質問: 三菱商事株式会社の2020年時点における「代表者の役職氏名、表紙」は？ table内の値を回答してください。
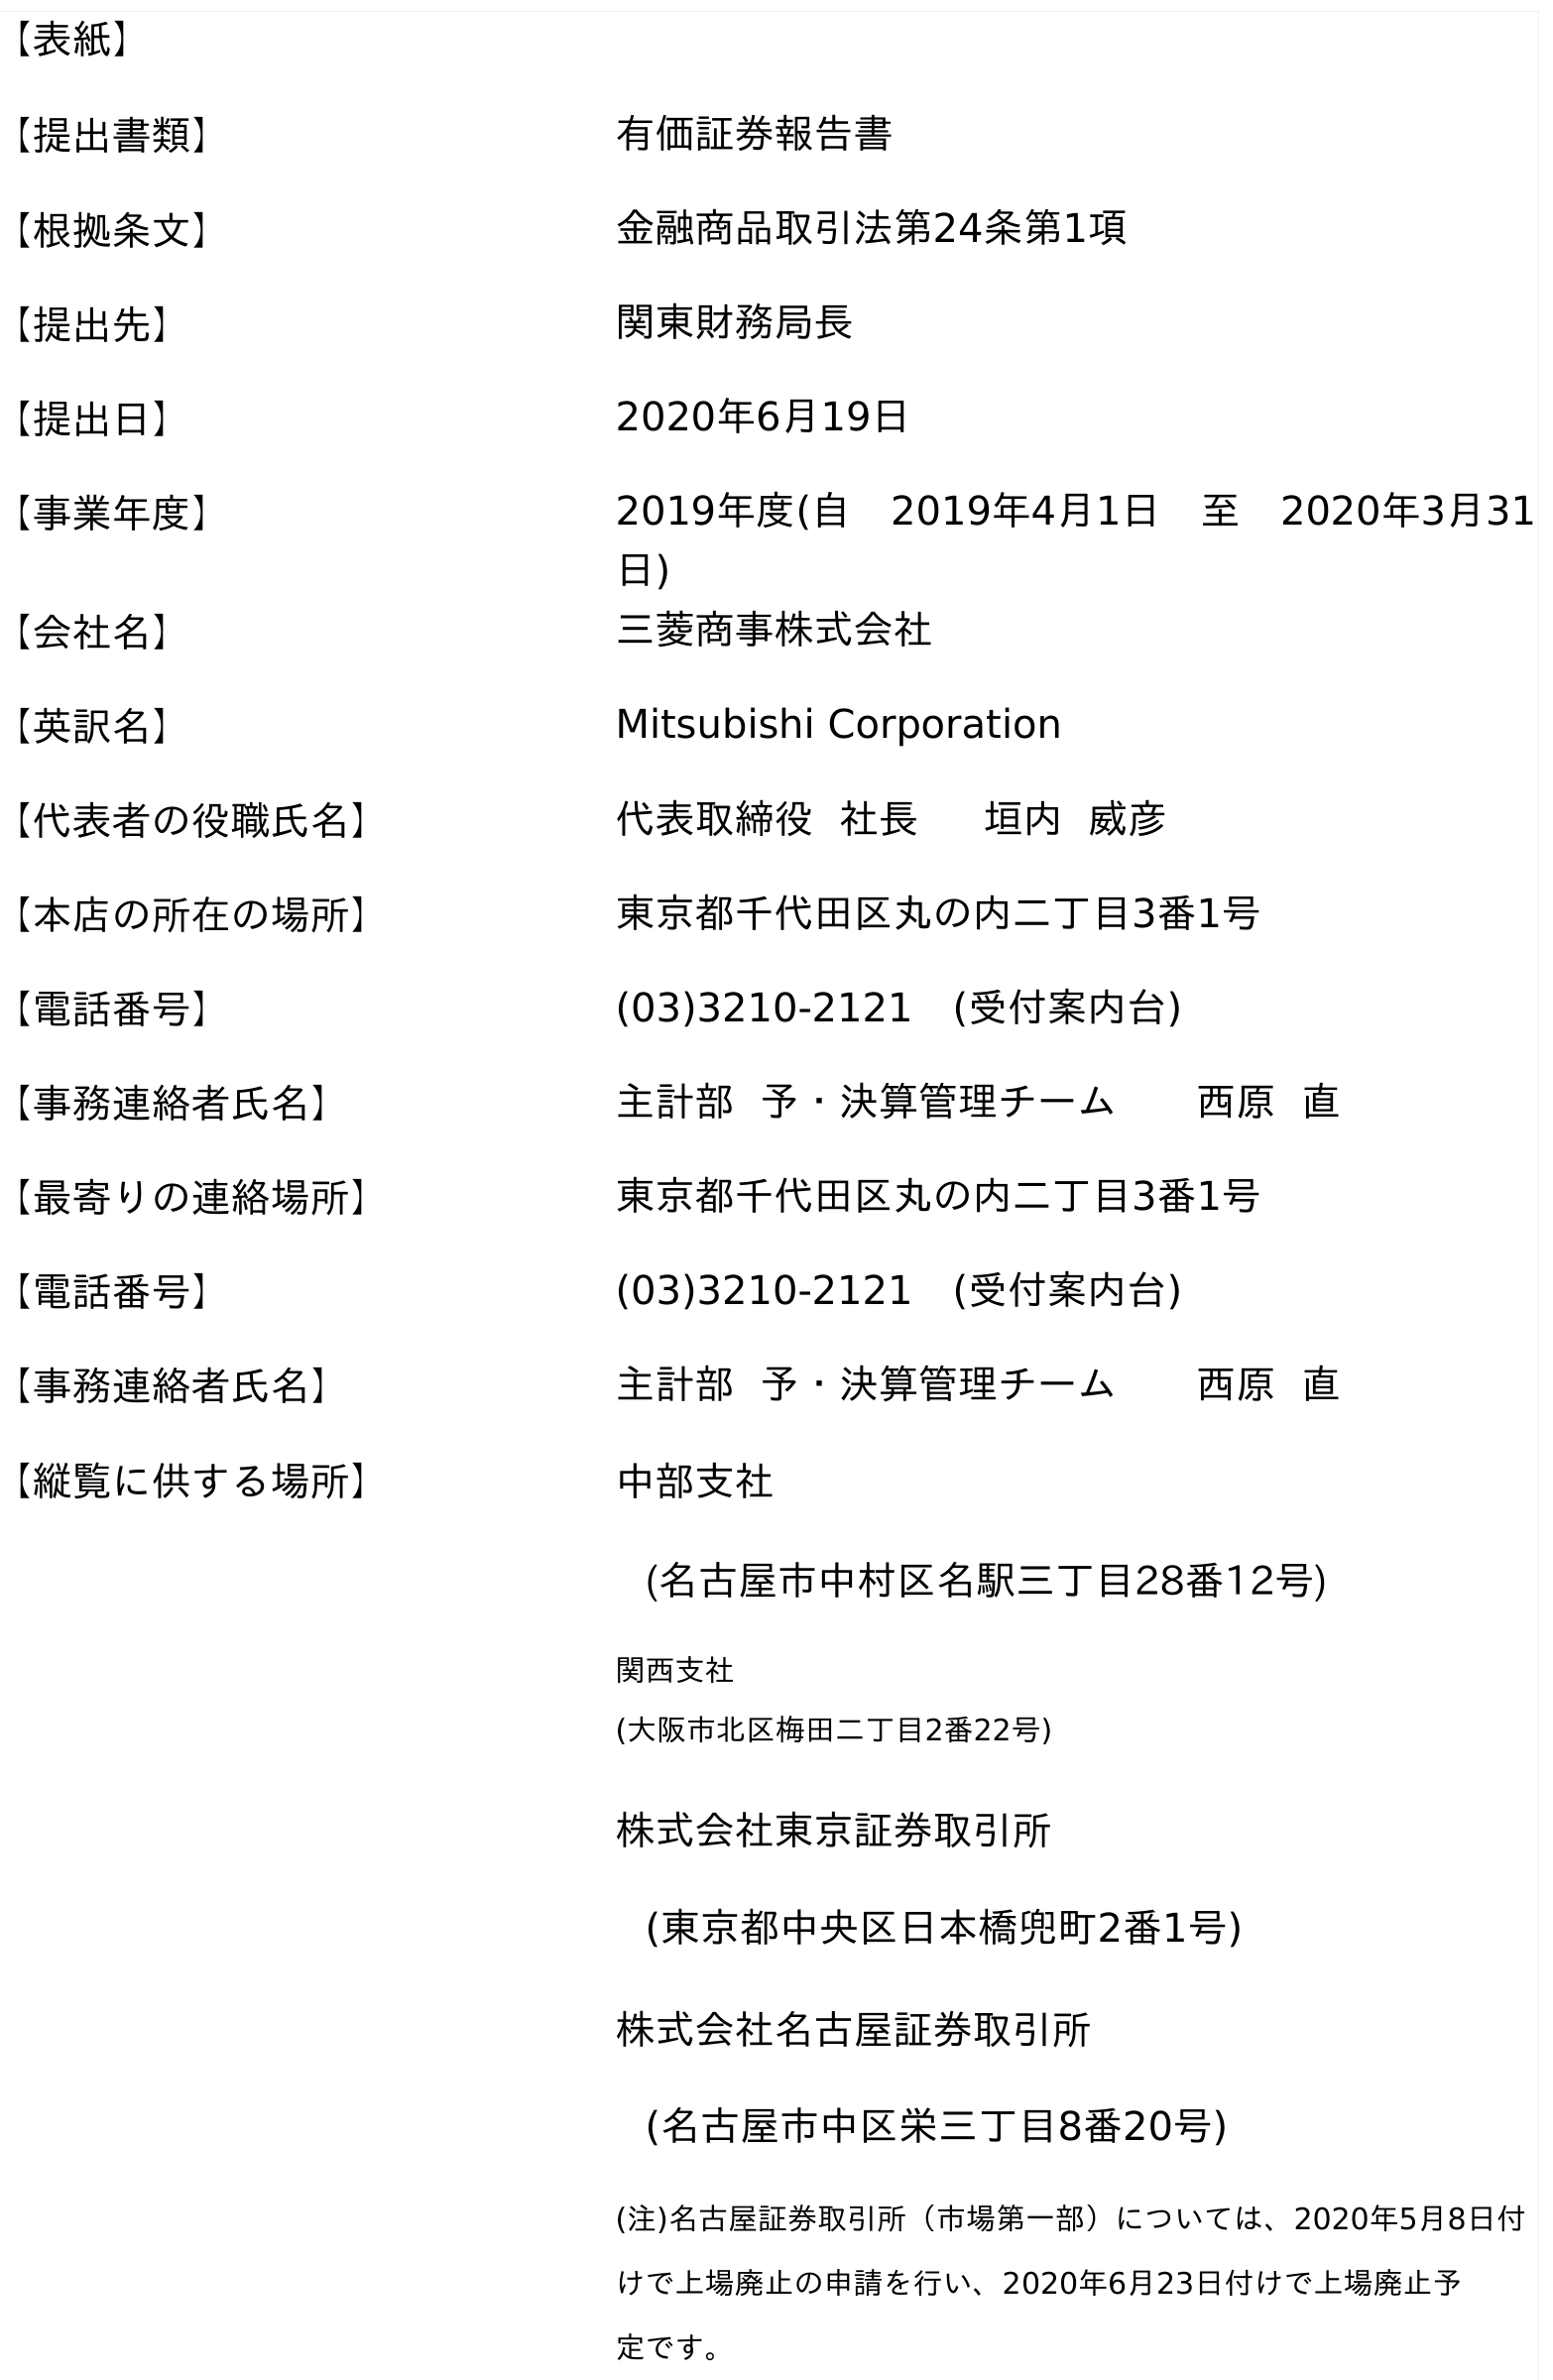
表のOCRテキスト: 【表紙】 【提出書類】 有価証券報告書 【根拠条文】 金融商品取引法第24条第1項 【提出先】 関東財務局長 【提出日】 2020年6月19日 【事業年度】 2019年度(自 2019年4月1日 至 2020年3月31 日) 【会社名】 三菱商事株式会社 【英訳名】 Mitsubishi Corporation 【代表者の役職氏名】 代表取締役 社長  垣内 威彦 【本店の所在の場所】 東京都千代田区丸の内二丁目3番1号 【電話番号】 (03)3210-2121 (受付案内台) 【事務連絡者氏名】 主計部 予・決算管理チーム  西原 直 【最寄りの連絡場所】 東京都千代田区丸の内二丁目3番1号 【電話番号】 (03)3210-2121 (受付案内台) 【事務連絡者氏名】 主計部 予・決算管理チーム  西原 直 【縦覧に供する場所】 中部支社 (名古屋市中村区名駅三丁目28番12号) 関西支社 (大阪市北区梅田二丁目2番22号) 株式会社東京証券取引所 (東京都中央区日本橋兜町2番1号) 株式会社名古屋証券取引所 (名古屋市中区栄三丁目8番20号) (注)名古屋証券取引所（市場第一部）については、2020年5月8日付 けで上場廃止の申請を行い、2020年6月23日付けで上場廃止予 定です。
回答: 代表取締役社長垣内威彦